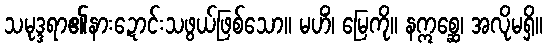
သမုဒ္ဒရာ၏နားဍောင်းသဖွယ်ဖြစ်သော။ မဟိံ၊ မြေကို။ နဣစ္ဆေ၊ အလိုမရှိ။